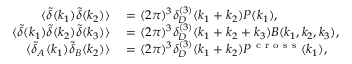
\begin{array} { r l } { \langle \tilde { \delta } ( \ensuremath { \boldsymbol { k } } _ { 1 } ) \tilde { \delta } ( \ensuremath { \boldsymbol { k } } _ { 2 } ) \rangle } & { { } = ( 2 \pi ) ^ { 3 } \delta _ { D } ^ { ( 3 ) } ( \ensuremath { \boldsymbol { k } } _ { 1 } + \ensuremath { \boldsymbol { k } } _ { 2 } ) P ( k _ { 1 } ) , } \\ { \langle \tilde { \delta } ( \ensuremath { \boldsymbol { k } } _ { 1 } ) \tilde { \delta } ( \ensuremath { \boldsymbol { k } } _ { 2 } ) \tilde { \delta } ( \ensuremath { \boldsymbol { k } } _ { 3 } ) \rangle } & { { } = ( 2 \pi ) ^ { 3 } \delta _ { D } ^ { ( 3 ) } ( \ensuremath { \boldsymbol { k } } _ { 1 } + \ensuremath { \boldsymbol { k } } _ { 2 } + \ensuremath { \boldsymbol { k } } _ { 3 } ) B ( k _ { 1 } , k _ { 2 } , k _ { 3 } ) , } \\ { \langle \tilde { \delta } _ { A } ( \ensuremath { \boldsymbol { k } } _ { 1 } ) \tilde { \delta } _ { B } ( \ensuremath { \boldsymbol { k } } _ { 2 } ) \rangle } & { { } = ( 2 \pi ) ^ { 3 } \delta _ { D } ^ { ( 3 ) } ( \ensuremath { \boldsymbol { k } } _ { 1 } + \ensuremath { \boldsymbol { k } } _ { 2 } ) P ^ { \mathrm { ~ c ~ r ~ o ~ s ~ s ~ } } ( k _ { 1 } ) , } \end{array}